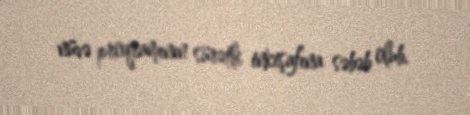
nüvə proqramının sürətli inkişafına səbəb olub.